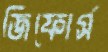
জিফোর্স